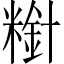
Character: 𫃋